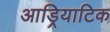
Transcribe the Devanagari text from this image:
आड्रियाटिक